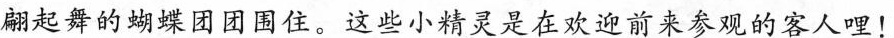
翩起舞的蝴蝶团团围住。这些小精灵是在欢迎前来参观的客人哩！